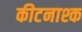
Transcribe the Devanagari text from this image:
कीटनाश्क